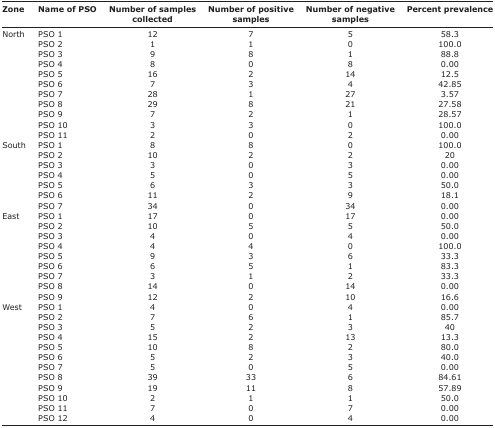
<table><thead><tr><td><b>Zone</b></td><td><b>Name of PSO</b></td><td><b>Number of samples collected</b></td><td><b>Number of positive samples</b></td><td><b>Number of negative samples</b></td><td><b>Percent prevalence</b></td></tr></thead><tbody><tr><td>North</td><td>PSO 1</td><td>12</td><td>7</td><td>5</td><td>58.3</td></tr><tr><td></td><td>PSO 2</td><td>1</td><td>1</td><td>0</td><td>100.0</td></tr><tr><td></td><td>PSO 3</td><td>9</td><td>8</td><td>1</td><td>88.8</td></tr><tr><td></td><td>PSO 4</td><td>8</td><td>0</td><td>8</td><td>0.00</td></tr><tr><td></td><td>PSO 5</td><td>16</td><td>2</td><td>14</td><td>12.5</td></tr><tr><td></td><td>PSO 6</td><td>7</td><td>3</td><td>4</td><td>42.85</td></tr><tr><td></td><td>PSO 7</td><td>28</td><td>1</td><td>27</td><td>3.57</td></tr><tr><td></td><td>PSO 8</td><td>29</td><td>8</td><td>21</td><td>27.58</td></tr><tr><td></td><td>PSO 9</td><td>7</td><td>2</td><td>1</td><td>28.57</td></tr><tr><td></td><td>PSO 10</td><td>3</td><td>3</td><td>0</td><td>100.0</td></tr><tr><td></td><td>PSO 11</td><td>2</td><td>0</td><td>2</td><td>0.00</td></tr><tr><td>South</td><td>PSO 1</td><td>8</td><td>8</td><td>0</td><td>100.0</td></tr><tr><td></td><td>PSO 2</td><td>10</td><td>2</td><td>2</td><td>20</td></tr><tr><td></td><td>PSO 3</td><td>3</td><td>0</td><td>3</td><td>0.00</td></tr><tr><td></td><td>PSO 4</td><td>5</td><td>0</td><td>5</td><td>0.00</td></tr><tr><td></td><td>PSO 5</td><td>6</td><td>3</td><td>3</td><td>50.0</td></tr><tr><td></td><td>PSO 6</td><td>11</td><td>2</td><td>9</td><td>18.1</td></tr><tr><td></td><td>PSO 7</td><td>34</td><td>0</td><td>34</td><td>0.00</td></tr><tr><td>East</td><td>PSO 1</td><td>17</td><td>0</td><td>17</td><td>0.00</td></tr><tr><td></td><td>PSO 2</td><td>10</td><td>5</td><td>5</td><td>50.0</td></tr><tr><td></td><td>PSO 3</td><td>4</td><td>0</td><td>4</td><td>0.00</td></tr><tr><td></td><td>PSO 4</td><td>4</td><td>4</td><td>0</td><td>100.0</td></tr><tr><td></td><td>PSO 5</td><td>9</td><td>3</td><td>6</td><td>33.3</td></tr><tr><td></td><td>PSO 6</td><td>6</td><td>5</td><td>1</td><td>83.3</td></tr><tr><td></td><td>PSO 7</td><td>3</td><td>1</td><td>2</td><td>33.3</td></tr><tr><td></td><td>PSO 8</td><td>14</td><td>0</td><td>14</td><td>0.00</td></tr><tr><td></td><td>PSO 9</td><td>12</td><td>2</td><td>10</td><td>16.6</td></tr><tr><td>West</td><td>PSO 1</td><td>4</td><td>0</td><td>4</td><td>0.00</td></tr><tr><td></td><td>PSO 2</td><td>7</td><td>6</td><td>1</td><td>85.7</td></tr><tr><td></td><td>PSO 3</td><td>5</td><td>2</td><td>3</td><td>40</td></tr><tr><td></td><td>PSO 4</td><td>15</td><td>2</td><td>13</td><td>13.3</td></tr><tr><td></td><td>PSO 5</td><td>10</td><td>8</td><td>2</td><td>80.0</td></tr><tr><td></td><td>PSO 6</td><td>5</td><td>2</td><td>3</td><td>40.0</td></tr><tr><td></td><td>PSO 7</td><td>5</td><td>0</td><td>5</td><td>0.00</td></tr><tr><td></td><td>PSO 8</td><td>39</td><td>33</td><td>6</td><td>84.61</td></tr><tr><td></td><td>PSO 9</td><td>19</td><td>11</td><td>8</td><td>57.89</td></tr><tr><td></td><td>PSO 10</td><td>2</td><td>1</td><td>1</td><td>50.0</td></tr><tr><td></td><td>PSO 11</td><td>7</td><td>0</td><td>7</td><td>0.00</td></tr><tr><td></td><td>PSO 12</td><td>4</td><td>0</td><td>4</td><td>0.00</td></tr></tbody></table>